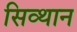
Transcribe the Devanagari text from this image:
सिव्थान